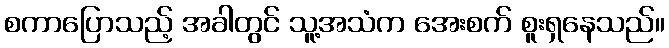
စကာပြောသည့် အခါတွင် သူ့အသံက အေးစက် စူးရှနေသည်။